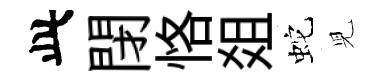
此閉恪爼蛇児